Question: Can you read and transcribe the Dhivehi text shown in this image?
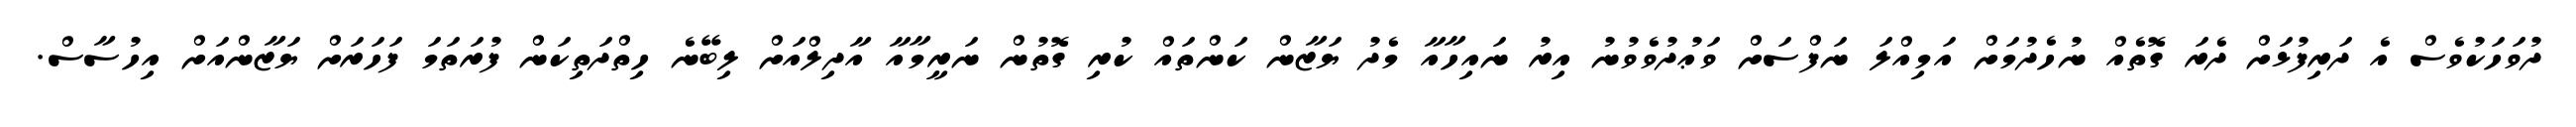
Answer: ދުވަހަކުވެސް އެ ދަރިފުޅަށް ދެރަ ގޮތެއް ނުހެދުމަށް އަމިއްލަ ނަފްސަށް ވަޢުދުވެވުނު އިރު ނައިހާއާ މެދު ޔަޒާން ކަންތައް ކުރި ގޮތުން ނަރީމާއާ އާދިލްއަށް ލިބޭނެ ހިތްދަތިކަން ފުރަތަމަ ފަހަރަށް ޔަޒާންއަށް އިހުސާސް.